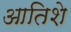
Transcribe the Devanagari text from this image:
आतिशे